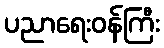
ပညာရေးဝန်ကြီး